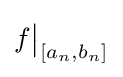
f{\big \vert }_{\left[a_{n},b_{n}\right]}